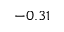
- 0 . 3 1